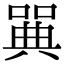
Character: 𠽝